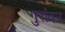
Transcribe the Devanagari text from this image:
गुरांवर